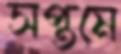
সপ্তমে